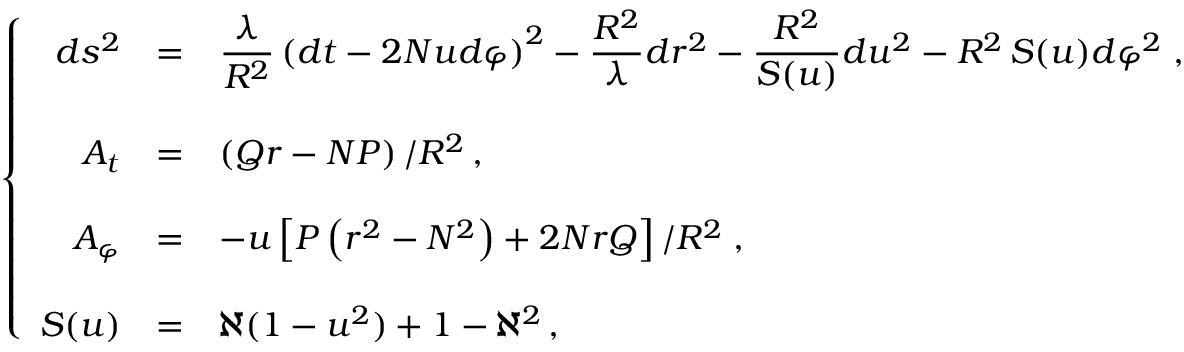
\left\{ \begin{array} { r c l } { { d s ^ { 2 } } } & { { = } } & { { { \displaystyle \frac { \lambda } { R ^ { 2 } } } \left( d t - 2 N u d \varphi \right) ^ { 2 } - { \displaystyle \frac { R ^ { 2 } } { \lambda } } d r ^ { 2 } - { \displaystyle \frac { R ^ { 2 } } { S ( u ) } } d u ^ { 2 } - R ^ { 2 } \, S ( u ) d \varphi ^ { 2 } \; , } } \\ { { } } & { { } } & { { } } \\ { { A _ { t } } } & { { = } } & { { \left( Q r - N P \right) / R ^ { 2 } \, , } } \\ { { } } & { { } } & { { } } \\ { { A _ { \varphi } } } & { { = } } & { { - u \left[ P \left( r ^ { 2 } - N ^ { 2 } \right) + 2 N r Q \right] / R ^ { 2 } \; , } } \\ { { } } & { { } } & { { } } \\ { { S ( u ) } } & { { = } } & { { \aleph ( 1 - u ^ { 2 } ) + 1 - \aleph ^ { 2 } \, , } } \end{array} \right.